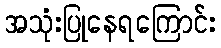
အသုံးပြုနေရကြောင်း